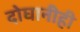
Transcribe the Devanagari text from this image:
दोघानीही